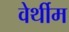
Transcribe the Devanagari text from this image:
वेर्थीम